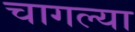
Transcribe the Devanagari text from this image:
चागल्या